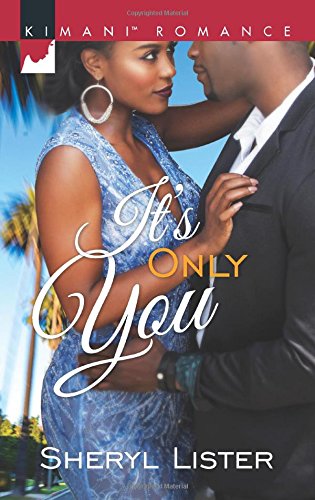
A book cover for It's Only You (Kimani Romance); Sheryl Lister; Romance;